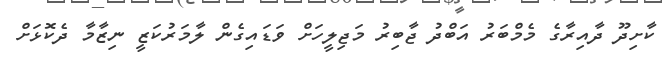
ކާށިދޫ ދާއިރާގެ މެމްބަރު އަބްދު ޖާބިރު މަޖިލީހަށް ވަޑައިގެން ލާމަރުކަޒީ ނިޒާމާ ދެކޮޅަށް